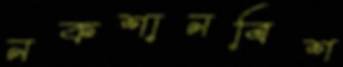
নকশানবিশ